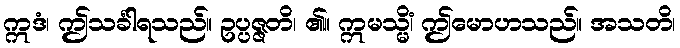
ဣဒံ၊ ဤသင်္ခါရသည်။ ဥပ္ပဇ္ဇတိ၊ ၏။ ဣမသ္မိံ၊ ဤမောဟသည်။ အသတိ၊